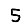
Digit: 5